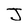
Character: J